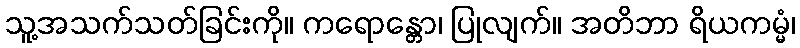
သူ့အသက်သတ်ခြင်းကို။ ကရောန္တော၊ ပြုလျက်။ အတိဘာ ရိယကမ္မံ၊